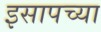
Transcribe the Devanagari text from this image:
इसापच्या